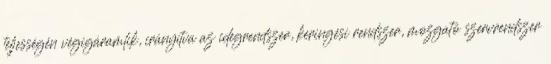
teljességén végigáramlik, irányítva az idegrendszer, keringési rendszer, mozgató szervrendszer